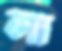
লা